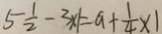
5 \frac { 1 } { 2 } - 3 \times 1 = a + \frac { 1 } { 4 } \times 1